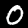
Label: 0